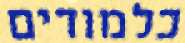
כלמודים